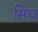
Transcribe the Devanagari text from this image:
सिच